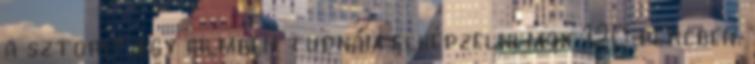
a sztorit egy filmben tudnám elképzelni max 120 percben.